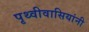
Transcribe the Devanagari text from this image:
पृथ्वीवासियांनी